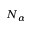
N _ { \alpha }